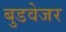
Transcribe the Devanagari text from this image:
बुडवेजर